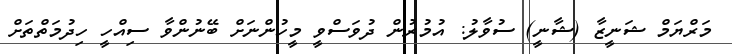
މަރްޔަމް ޝަނީޒާ (ޝާނީ) ސުވާލު: އުމުރުން ދުވަސްވީ މީހުންނަށް ބޭނުންވާ ސިއްހީ ހިދުމަތްތަށް